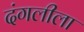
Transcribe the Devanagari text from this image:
दंगलीला